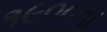
૧૯૦૮ના